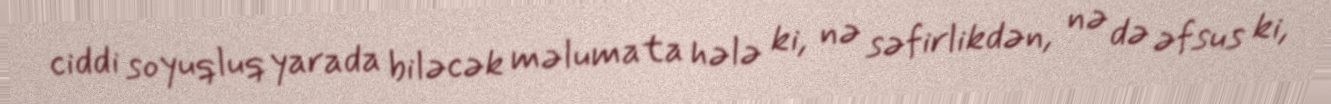
ciddi soyuqluq yarada biləcək məlumata hələ ki, nə səfirlikdən, nə də əfsus ki,